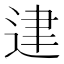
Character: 䢖